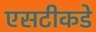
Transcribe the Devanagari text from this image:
एसटीकडे